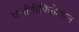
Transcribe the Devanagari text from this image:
पर्सोनीफिकेशन